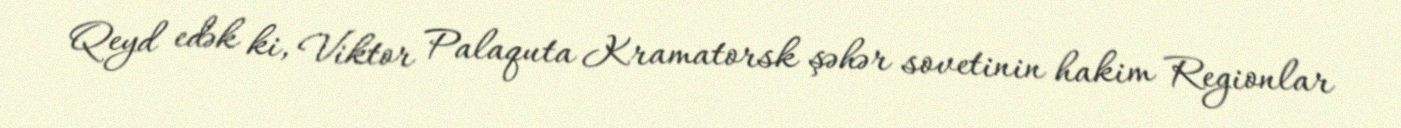
Qeyd edək ki, Viktor Palaquta Kramatorsk şəhər sovetinin hakim Regionlar